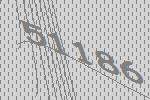
51186